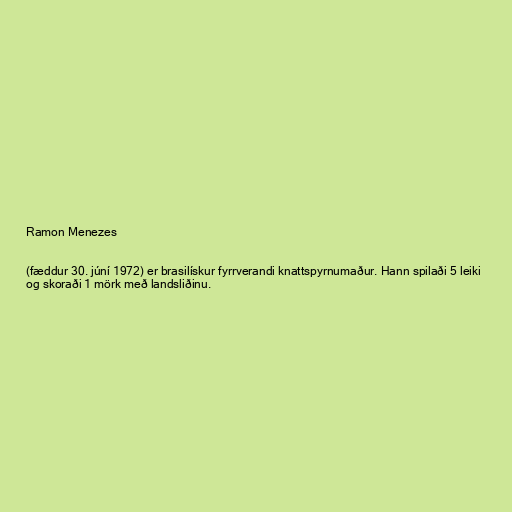
Ramon Menezes

(fæddur 30. júní 1972) er brasilískur fyrrverandi knattspyrnumaður. Hann spilaði 5 leiki
og skoraði 1 mörk með landsliðinu.